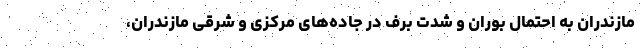
مازندران به احتمال بوران و شدت برف در جاده‌های مرکزی و شرقی مازندران،